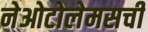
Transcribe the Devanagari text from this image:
नेओटोलेमसची